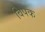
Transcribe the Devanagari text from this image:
विपक